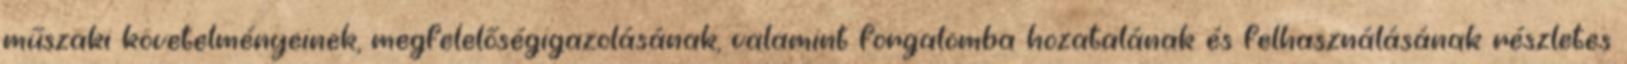
műszaki követelményeinek, megfelelőségigazolásának, valamint forgalomba hozatalának és felhasználásának részletes